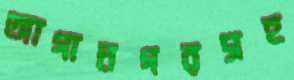
আগানগরসহ